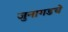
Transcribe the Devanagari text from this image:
जुनागडचे